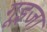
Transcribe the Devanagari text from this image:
गूइजा